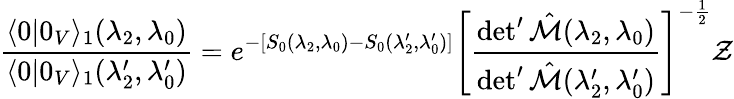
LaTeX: \frac{\langle 0|0_{V}\rangle_{1}(\lambda_{2},\lambda_{0})}{\langle 0|0_{V}\rangle_{1}({\lambda}_{2}^{\prime},{\lambda}_{0}^{\prime})}=e^{-[S_{0}(\lambda_{2},\lambda_{0})-S_{0}(\lambda_{2}^{\prime},\lambda_{0}^{\prime})]}\left[\frac{\operatorname*{det}^{\prime}\hat{{\cal M}}(\lambda_{2},\lambda_{0})}{\operatorname*{det}^{\prime}\hat{{\cal M}}(\lambda_{2}^{\prime},\lambda_{0}^{\prime})}\right]^{-\frac 12}{\cal Z}